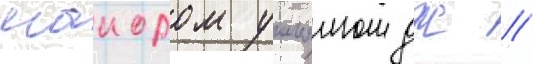
маиором уильямом дж //